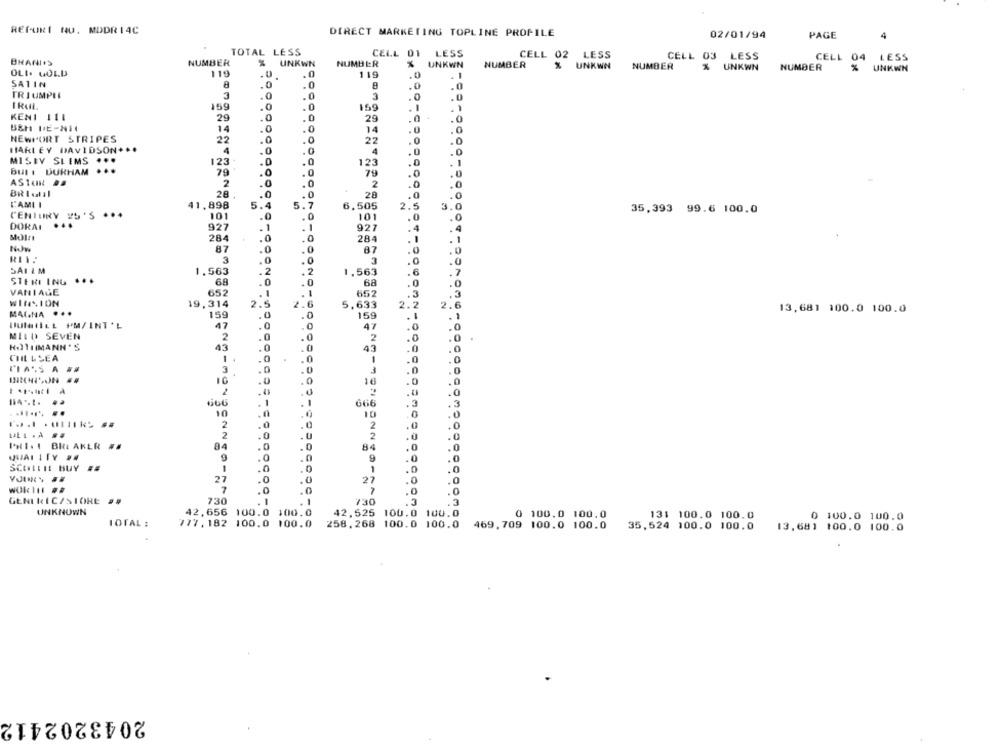
REPORT NO. MDDR14C
DIRECT MARKETING TOPLINE PROFILE
02/01/94
PAGE
4
TOTAL LESS
CELL 01 LESS
CELL 02 LESS
CELL 03 LESS
CELL 04
LESS
BHANI'S
NUMBER
UNKWN
NUMBER
%
UNKWN
NUMBER
% UNKWN
NUMBER
% UNKWN
NUMBER
UNKWN
OLI. GOLD
119
.U
.0
119
.0
.0
. 1
SATIN
.0
TRIUMPEL
3
.0
.0
3
.0
159
.0
.0
159
. 1
KENI III
29
.0
.0
29
.0
14
.0
.0
14
.0
.0
NEWPORT STRIPES
22
.0
.0
22
.0
.0
HARLEY DAVIDSON ...
4
.0
.0
4
4
.0
.0
.0
MISEY SLEMS
...
123
.0
.0
123
.0
.0
. 1
But I DURHAM
79
0
.0
79
.0
.0
.0
ASTUN DA
2
.0
.0
2
.0
BRIutil
28
.0
28
.0
.0
L'AMI I
41,898
6,505
2.5
2.5
3.0
35,393 99.6 100.0
CENTURY PO'S ...
101
.0
.0
101
.0
.0
DORAI
...
927
.1
.1
927
.4
4
284
.0
.0
284
1
87
.0
.0
87
.0
.0
RI1:
3
.0
.0
3
.0
.0
SAI &M
1.563
.2
.2
1,563
7
.6
STERI ING ...
68
.0
.0
68
.0
.0
VANIAGE
652
. 1
-
652
.3
WIN .. ION
19,314
2.5
2.6
5,633
2.2
.6
13,681 100.0 100.0
MAGNA .
159
.0
.0
159
.0
47
47
.0
0
MILD SEVEN
2
.0
2
.0
ROTHMANN'S
43
.0
43
.0
.0
CHIL LSEA
1.
.0
1
.0
0
3
.0
.0
0
.0
16
.0
16
.0
.0
2
.0
.
G66
1
666
.3
3
10
10
0
2
2
.0
0
ULL .A ..
2
.0
2
.0
FH1.1 BREAKER ##
84
.0
84
.0
.0
QUALITY 24
9
0
9
.0
SCOTTIE BUY
.0
1
.0
.0
27
.0
.0
21
.0
.0
7
.0
.0
.0
.0
GENERIC/STORE ##
730
. 1
-
730
3
UNKNOWN
42,656 100.0 100.0
42,525 100.0 100.0
0 100.0 100.0
131 100.0 100.0
0 100.0 100.0
TOTAL :
777,182 100.0 100.0
258, 268 100.0 100.0
469,709 100.0 100.0
35,524 100.0 100.0
13,681 100.0 100.0
2043202412